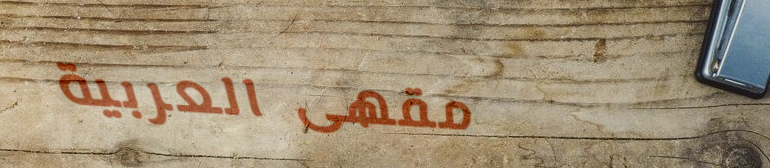
مقهى العربية